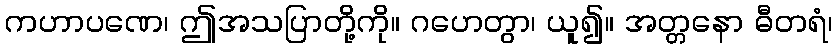
ကဟာပဏေ၊ ဤအသပြာတို့ကို။ ဂဟေတွာ၊ ယူ၍။ အတ္တနော ဓီတရံ၊